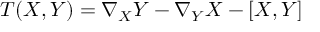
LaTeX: T ( X , Y ) = \nabla _ { X } Y - \nabla _ { Y } X - [ X , Y ]